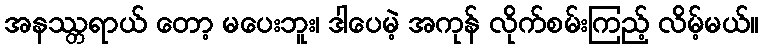
အနဿ္တရာယ် တော့ မပေးဘူး၊ ဒါပေမဲ့ အကုန် လိုက်စမ်းကြည့် လိမ့်မယ်။